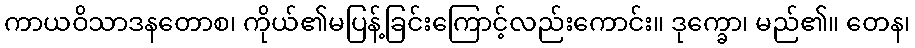
ကာယဝိသာဒနတောစ၊ ကိုယ်၏မပြန့်ခြင်းကြောင့်လည်းကောင်း။ ဒုက္ခော၊ မည်၏။ တေန၊